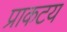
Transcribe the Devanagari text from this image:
प्राकटय